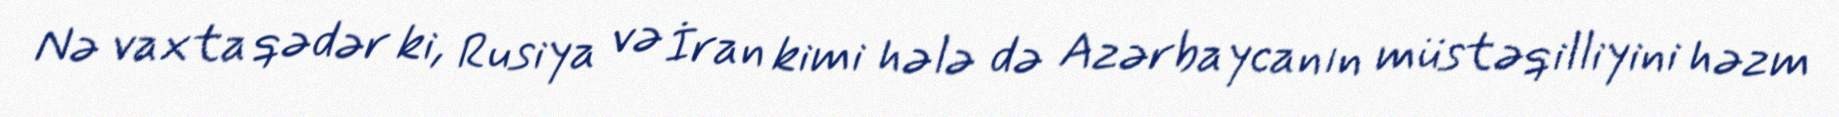
Nə vaxta qədər ki, Rusiya və İran kimi hələ də Azərbaycanın müstəqilliyini həzm